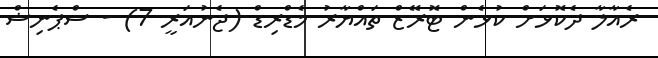
ރެއާލާ ދެކޮޅަށް ކުޅެން ޓޮރޭޒް ތައްޔާރު މެޑްރިޑް (ޖެނުއަރީ 7) - ސްޕެނިޝް